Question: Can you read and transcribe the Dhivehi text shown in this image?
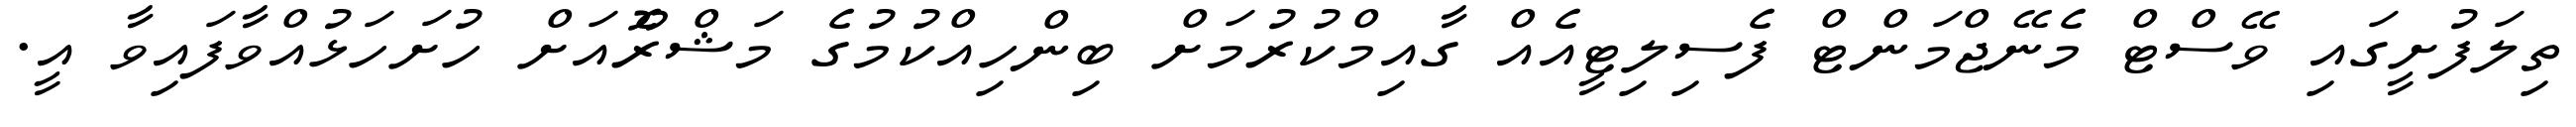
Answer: ތިލަފުށީގައި ވޭސްޓް މެނޭޖްމަންޓް ފެސިލިޓީއެއް ގާއިމްކުރުމަށް ބިންހިއްކުމުގެ މަޝްރޫެއަށް ހުށަހަޅުއްވާފައިވާ އީ.